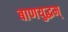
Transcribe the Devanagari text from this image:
बाणयुद्धम्